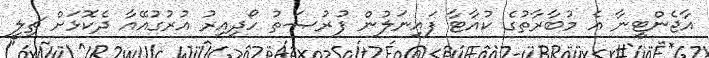
އާޖެންޓީނާ އެ މުބާރާތުގެ ކުއާޓާ ފައިނަލުން ފުރުޞަތު ހޯދިއިރު އުރުގުއޭއާ ދެކޮޅަށް ޗިލީ